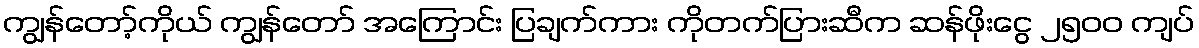
ကျွန်တော့်ကိုယ် ကျွန်တော် အကြောင်း ပြချက်ကား ကိုတက်ပြားဆီက ဆန်ဖိုးငွေ ၂၅၀၀ ကျပ်